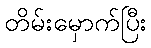
တိမ်းမှောက်ပြီး